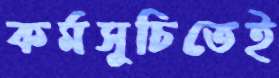
কর্মসূচিতেই